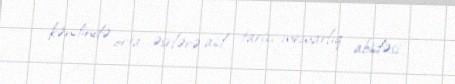
kəndində orta əsrlərə aid tarixi-memarlıq abidəsi.